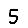
Digit: 5